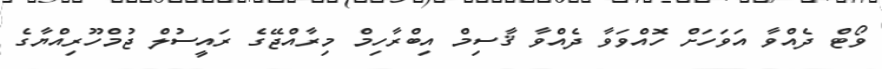
ވޯޓް ދެއްވާ އަވަހަށް ހޮއްވަވާ ދެއްވާ ޤާސިމް އިބްރާހިމް މިރާއްޖޭގެ ރައީސުލް ޖުމްހޫރިއްޔާގެ